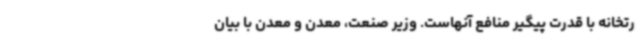
رتخانه با قدرت پیگیر منافع آنهاست. وزیر صنعت، معدن و معدن با بیان